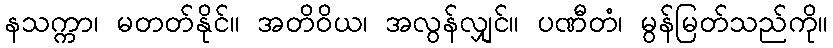
နသက္ကာ၊ မတတ်နိုင်။ အတိဝိယ၊ အလွန်လျှင်။ ပဏီတံ၊ မွန်မြတ်သည်ကို။